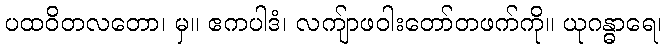
ပထဝိတလတော၊ မှ။ ဧကပါဒံ၊ လကျ်ာဖဝါးတော်တဖက်ကို။ ယုဂန္ဓာရေ၊